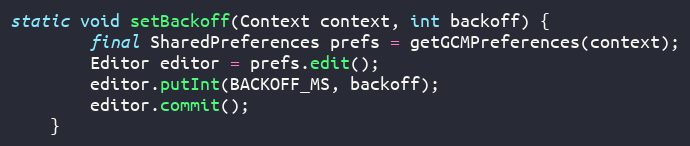
Language: Java
static void setBackoff(Context context, int backoff) {
        final SharedPreferences prefs = getGCMPreferences(context);
        Editor editor = prefs.edit();
        editor.putInt(BACKOFF_MS, backoff);
        editor.commit();
    }